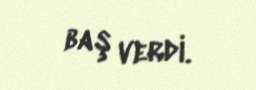
baş verdi.